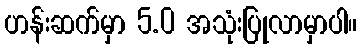
ဟန်းဆက်မှာ 5.0 အသုံးပြုလာမှာပါ။